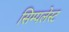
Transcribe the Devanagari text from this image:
सिम्पलेस्ट